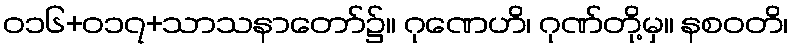
ဝ၁၆+၀၁၇+သာသနာတော်၌။ ဂုဏေဟိ၊ ဂုဏ်တို့မှ။ နစဝတိ၊